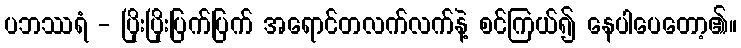
ပဘဿရံ - ပြိုးပြိုးပြက်ပြက် အရောင်တလက်လက်နဲ့ စင်ကြယ်၍ နေပါပေတော့၏။